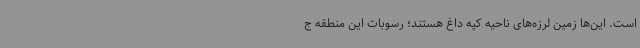
است. این‌ها زمین لرزه‌های ناحیه کپه داغ هستند؛ رسوبات این منطقه ج